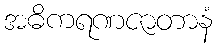
အဓိကရဏဇာတာနံ